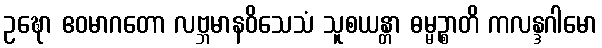
ဥဍ္ဎော ဧဝမာဂတော လဗ္ဘမာနဝိသေသံ သူစယန္တာ ဓမ္မဉ္စာတိ ကလန္ဒဂါမော